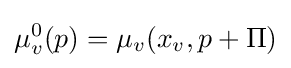
\mu _{v}^{0}(p)=\mu _{v}(x_{v},p+\Pi )